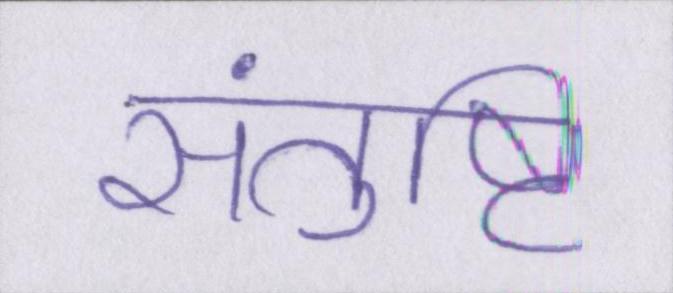
संतुष्टि